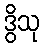
ဒွိသု